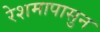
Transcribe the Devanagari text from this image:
रेशमापासुन